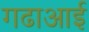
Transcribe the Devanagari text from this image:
गढाआई